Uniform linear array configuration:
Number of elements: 16
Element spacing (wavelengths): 0.75
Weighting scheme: blackman
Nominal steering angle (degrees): -30
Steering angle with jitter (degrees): -28.027
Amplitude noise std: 0.05
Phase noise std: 0.05

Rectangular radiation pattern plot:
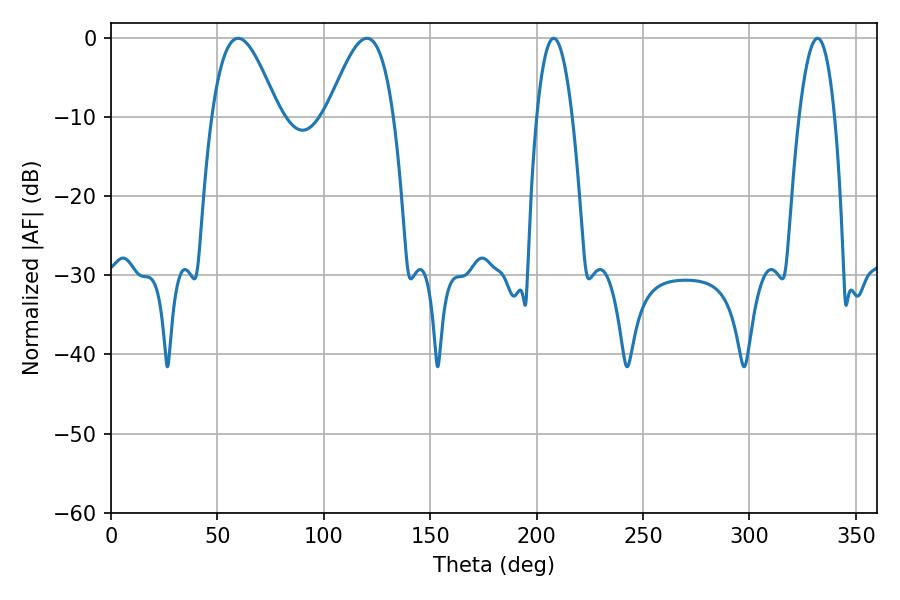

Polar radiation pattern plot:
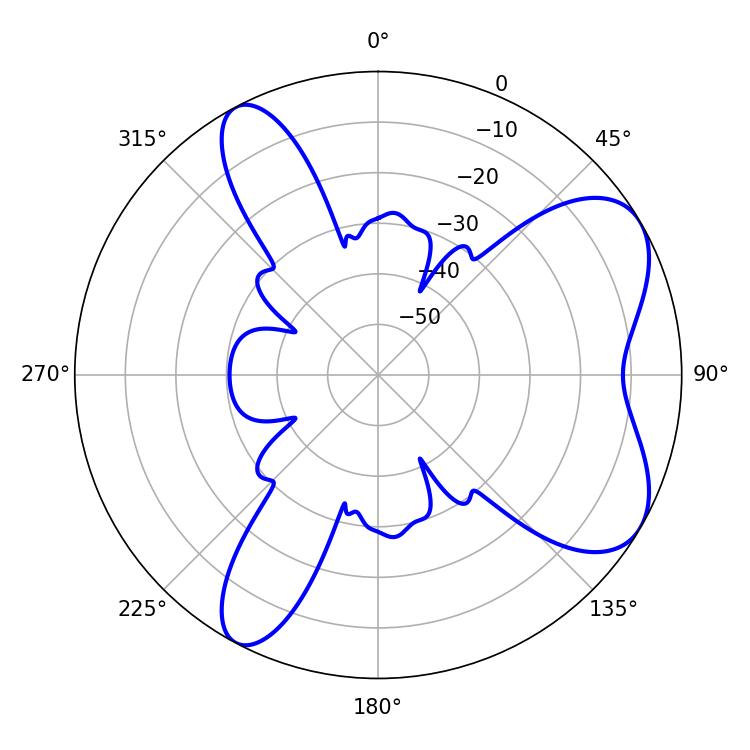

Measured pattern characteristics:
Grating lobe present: TRUE
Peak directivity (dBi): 6.765
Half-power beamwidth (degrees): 16.92
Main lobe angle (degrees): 59.76